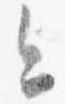
今